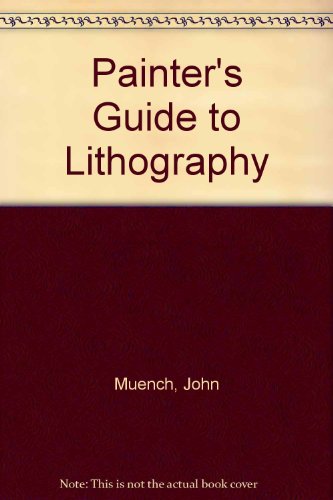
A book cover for Painter's Guide to Lithography; John Muench; Arts & Photography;